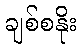
ချစ်စနိုး